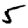
Digit: 5